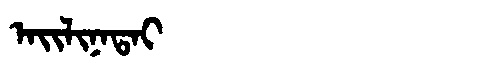
Manchu: ᠠᡳᠯᡳᠨᠠᡨᠠᡳ
Romanization: AILINATAI